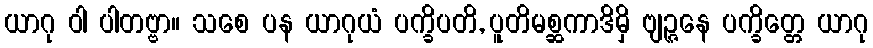
ယာဂု ဝါ ပါတဗ္ဗာ။ သစေ ပန ယာဂုယံ ပက္ခိပတိ, ပူတိမစ္ဆကာဒိမှိ ဗျဉ္ဇနေ ပက္ခိတ္တေ ယာဂု